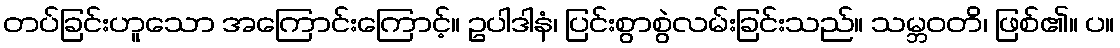
တပ်ခြင်းဟူသော အကြောင်းကြောင့်။ ဥပါဒါနံ၊ ပြင်းစွာစွဲလမ်းခြင်းသည်။ သမ္ဘဝတိ၊ ဖြစ်၏။ ပ။